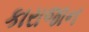
કારાજાન